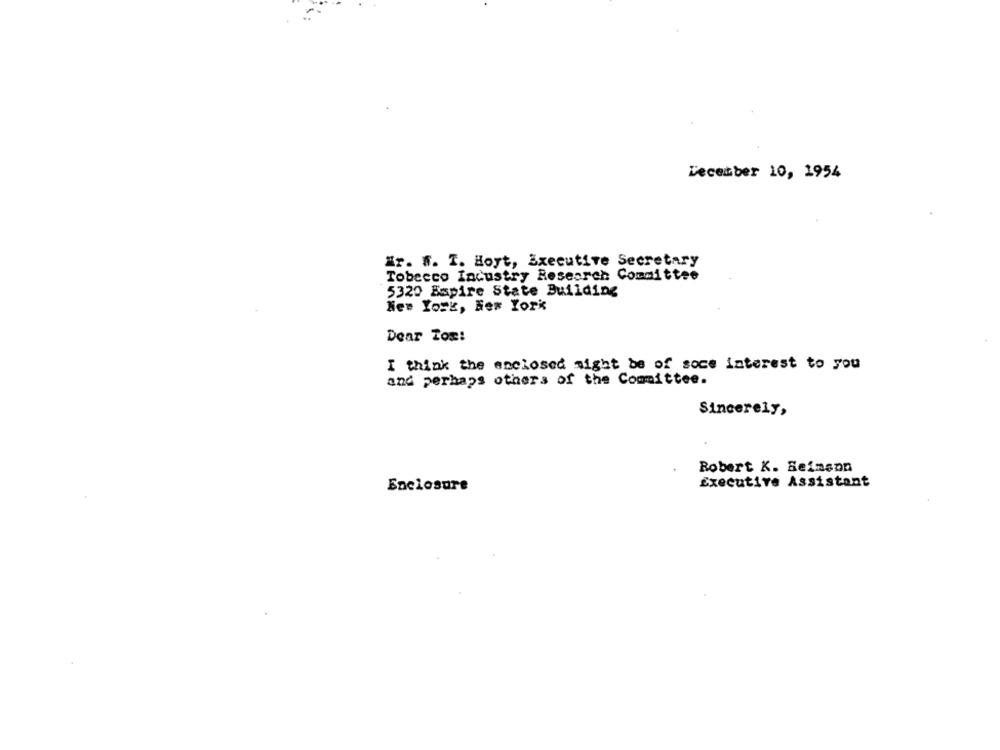
December 10, 1954
är. S. I. Hoyt, Executive Secretary
Tobecco Industry Research Committee
5320 Empire State Building
New York, New York
Dear Tox!
I think the enclosed might be of soce interest to you
and perhaps others of the Committee.
Sincerely,
Robert K. Seimson
Enclosure
Executive Assistant